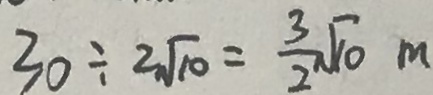
3 0 \div 2 \sqrt { 1 0 } = \frac { 3 } { 2 } \sqrt { 1 0 } m